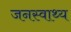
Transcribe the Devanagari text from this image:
जनस्वाथ्य